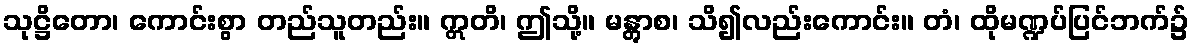
သုဋ္ဌိတော၊ ကောင်းစွာ တည်သူတည်း။ ဣတိ၊ ဤသို့။ မန္တွာစ၊ သိ၍လည်းကောင်း။ တံ၊ ထိုမဏ္ဍပ်ပြင်ဘက်၌